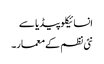
انسائیکلو پیڈیا سے
نئی نظم کے معمار۔